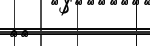
١٦